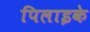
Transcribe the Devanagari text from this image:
पिलाइके